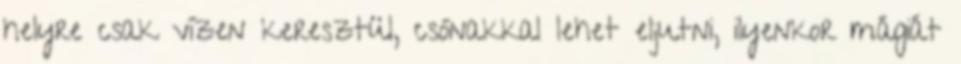
helyre csak vízen keresztül, csónakkal lehet eljutni, ilyenkor mágiát